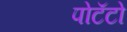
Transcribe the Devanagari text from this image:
पोटॅटो